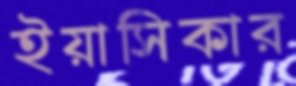
ইয়াসিকার